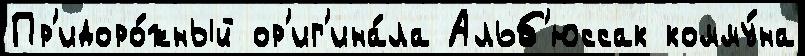
Пр'идоро́жный ор'иг'ина́ла Альб'юссак комму́на